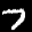
Label: 7